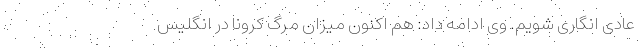
عادی انگاری شویم. وی ادامه داد: هم اکنون میزان مرگ کرونا در انگلیس